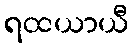
ရထယာယီ